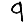
Digit: 9